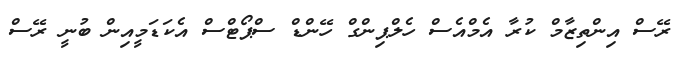
ރޭސް އިންތިޒާމް ކުރާ އެމްއެސް ހެލްޕިންގް ހޭންޑް ސްޕޯޓްސް އެކަޑަމީއިން ބުނީ ރޭސް